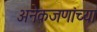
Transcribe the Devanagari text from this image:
अनेकजणांच्या